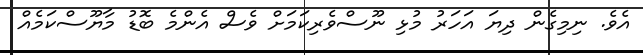
އެވެ. ނިމިގެން ދިޔަ އަހަރު މުޅި ނޫސްވެރިކަމަށް ވެސް އެންމެ ބޮޑު މާޔޫސްކަމެއް